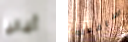
ألبانيا سافعله